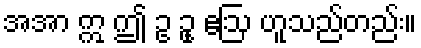
အအာ ဣ ဤ ဥ ဥု ဧဩ ဟူသည်တည်း။